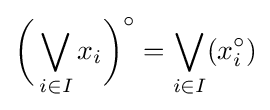
{\biggl (}\bigvee _{i\in I}{x_{i}}{\biggr )}^{\circ }=\bigvee _{i\in I}(x_{i}^{\circ })